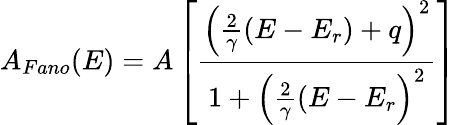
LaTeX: A_{Fano}(E)=A\left[\frac{\left(\frac{2}{\gamma}(E-E_{r})+q\right)^{2}}{1+\left(\frac{2}{\gamma}(E-E_{r}\right)^{2}}\right]